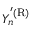
Y _ { n } ^ { ' \mathrm { ( R ) } }